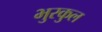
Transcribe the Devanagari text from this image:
भुरकुल